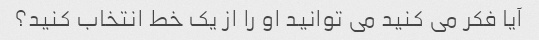
آیا فکر می کنید می توانید او را از یک خط انتخاب کنید؟